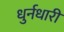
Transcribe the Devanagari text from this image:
धुर्नधारी